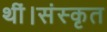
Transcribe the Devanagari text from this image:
थीं।संस्कृत